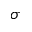
\sigma